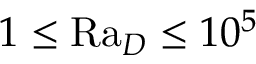
1 \leq \mathrm { R a } _ { D } \leq 1 0 ^ { 5 }